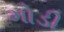
મોડી